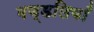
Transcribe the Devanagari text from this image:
मण्डलियाँ